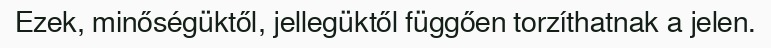
Ezek, minőségüktől, jellegüktől függően torzíthatnak a jelen.